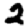
Digit: 2